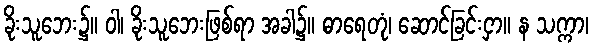
ခိုးသူဘေး၌။ ဝါ၊ ခိုးသူဘေးဖြစ်ရာ အခါ၌။ ဓာရေတုံ၊ ဆောင်ခြင်းငှာ။ န သက္ကာ၊